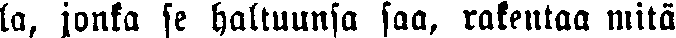
la, jonka se haltuunsa saa, rakentaa mitä